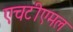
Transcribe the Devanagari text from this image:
एचटीएमल